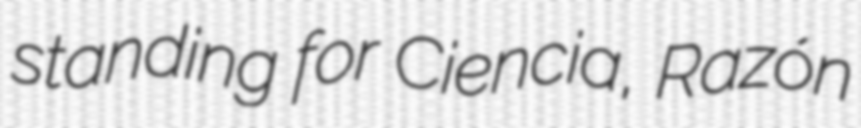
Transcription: standing for Ciencia, Razón